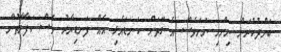
ބަންދުކުރަން ނިންމި ނަމަވެސް އެ ގޮތަށް ކަނޑައެޅި އެއް ފަނޑިޔާރު ވެސް ކަފާލާތުން